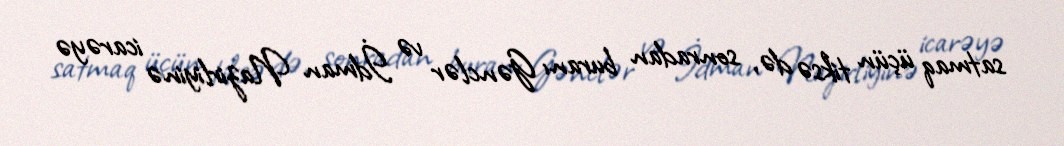
satmaq üçün tiksə də, sonradan buranı Gənclər və İdman Nazirliyinə icarəyə